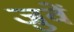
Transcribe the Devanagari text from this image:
जुवें